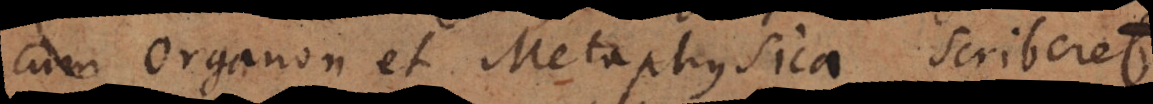
cum Organon et Metaphysica scriberet